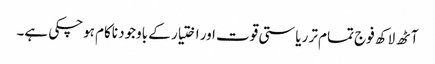
آٹھ لاکھ فوج تمام تر ریاستی قوت اور اختیار کے باوجود ناکام ہوچکی ہے۔